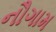
નૌગામ